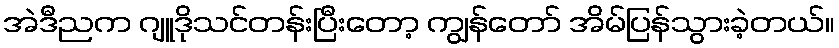
အဲဒီညက ဂျူဒိုသင်တန်းပြီးတော့ ကျွန်တော် အိမ်ပြန်သွားခဲ့တယ်။